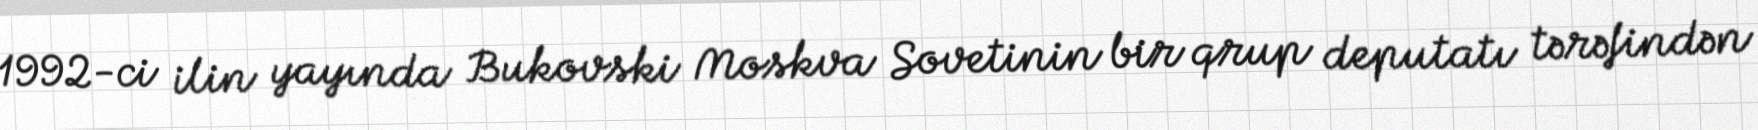
1992-ci ilin yayında Bukovski Moskva Sovetinin bir qrup deputatı tərəfindən